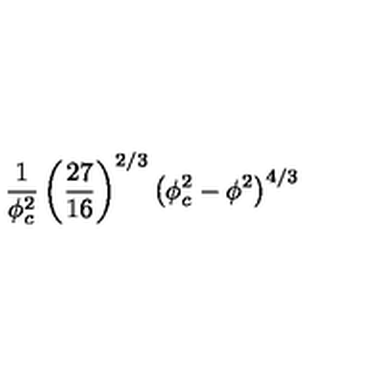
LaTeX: \frac { 1 } { \phi _ { c } ^ { 2 } } \left( \frac { 2 7 } { 1 6 } \right) ^ { 2 / 3 } \left( \phi _ { c } ^ { 2 } - \phi ^ { 2 } \right) ^ { 4 / 3 }